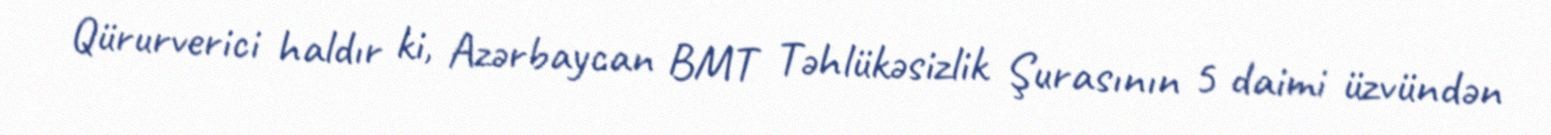
Qürurverici haldır ki, Azərbaycan BMT Təhlükəsizlik Şurasının 5 daimi üzvündən